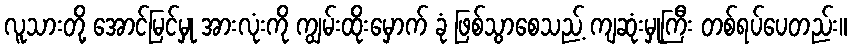
လူသားတို့ အောင်မြင်မှု အားလုံးကို ကျွမ်းထိုးမှောက် ခုံ ဖြစ်သွာစေသည့် ကျဆုံးမှုကြီး တစ်ရပ်ပေတည်း။